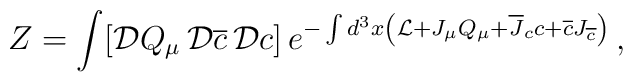
Z = \int [{\cal D}  Q_\mu  \, {\cal D}\overline{c} \, {\cal D}c] \, e ^ {  -\int d^3x \left( {\cal L} + J_\mu Q_\mu + \overline{J}_c c + \overline{c} J_{\overline c} \right) } \, ,